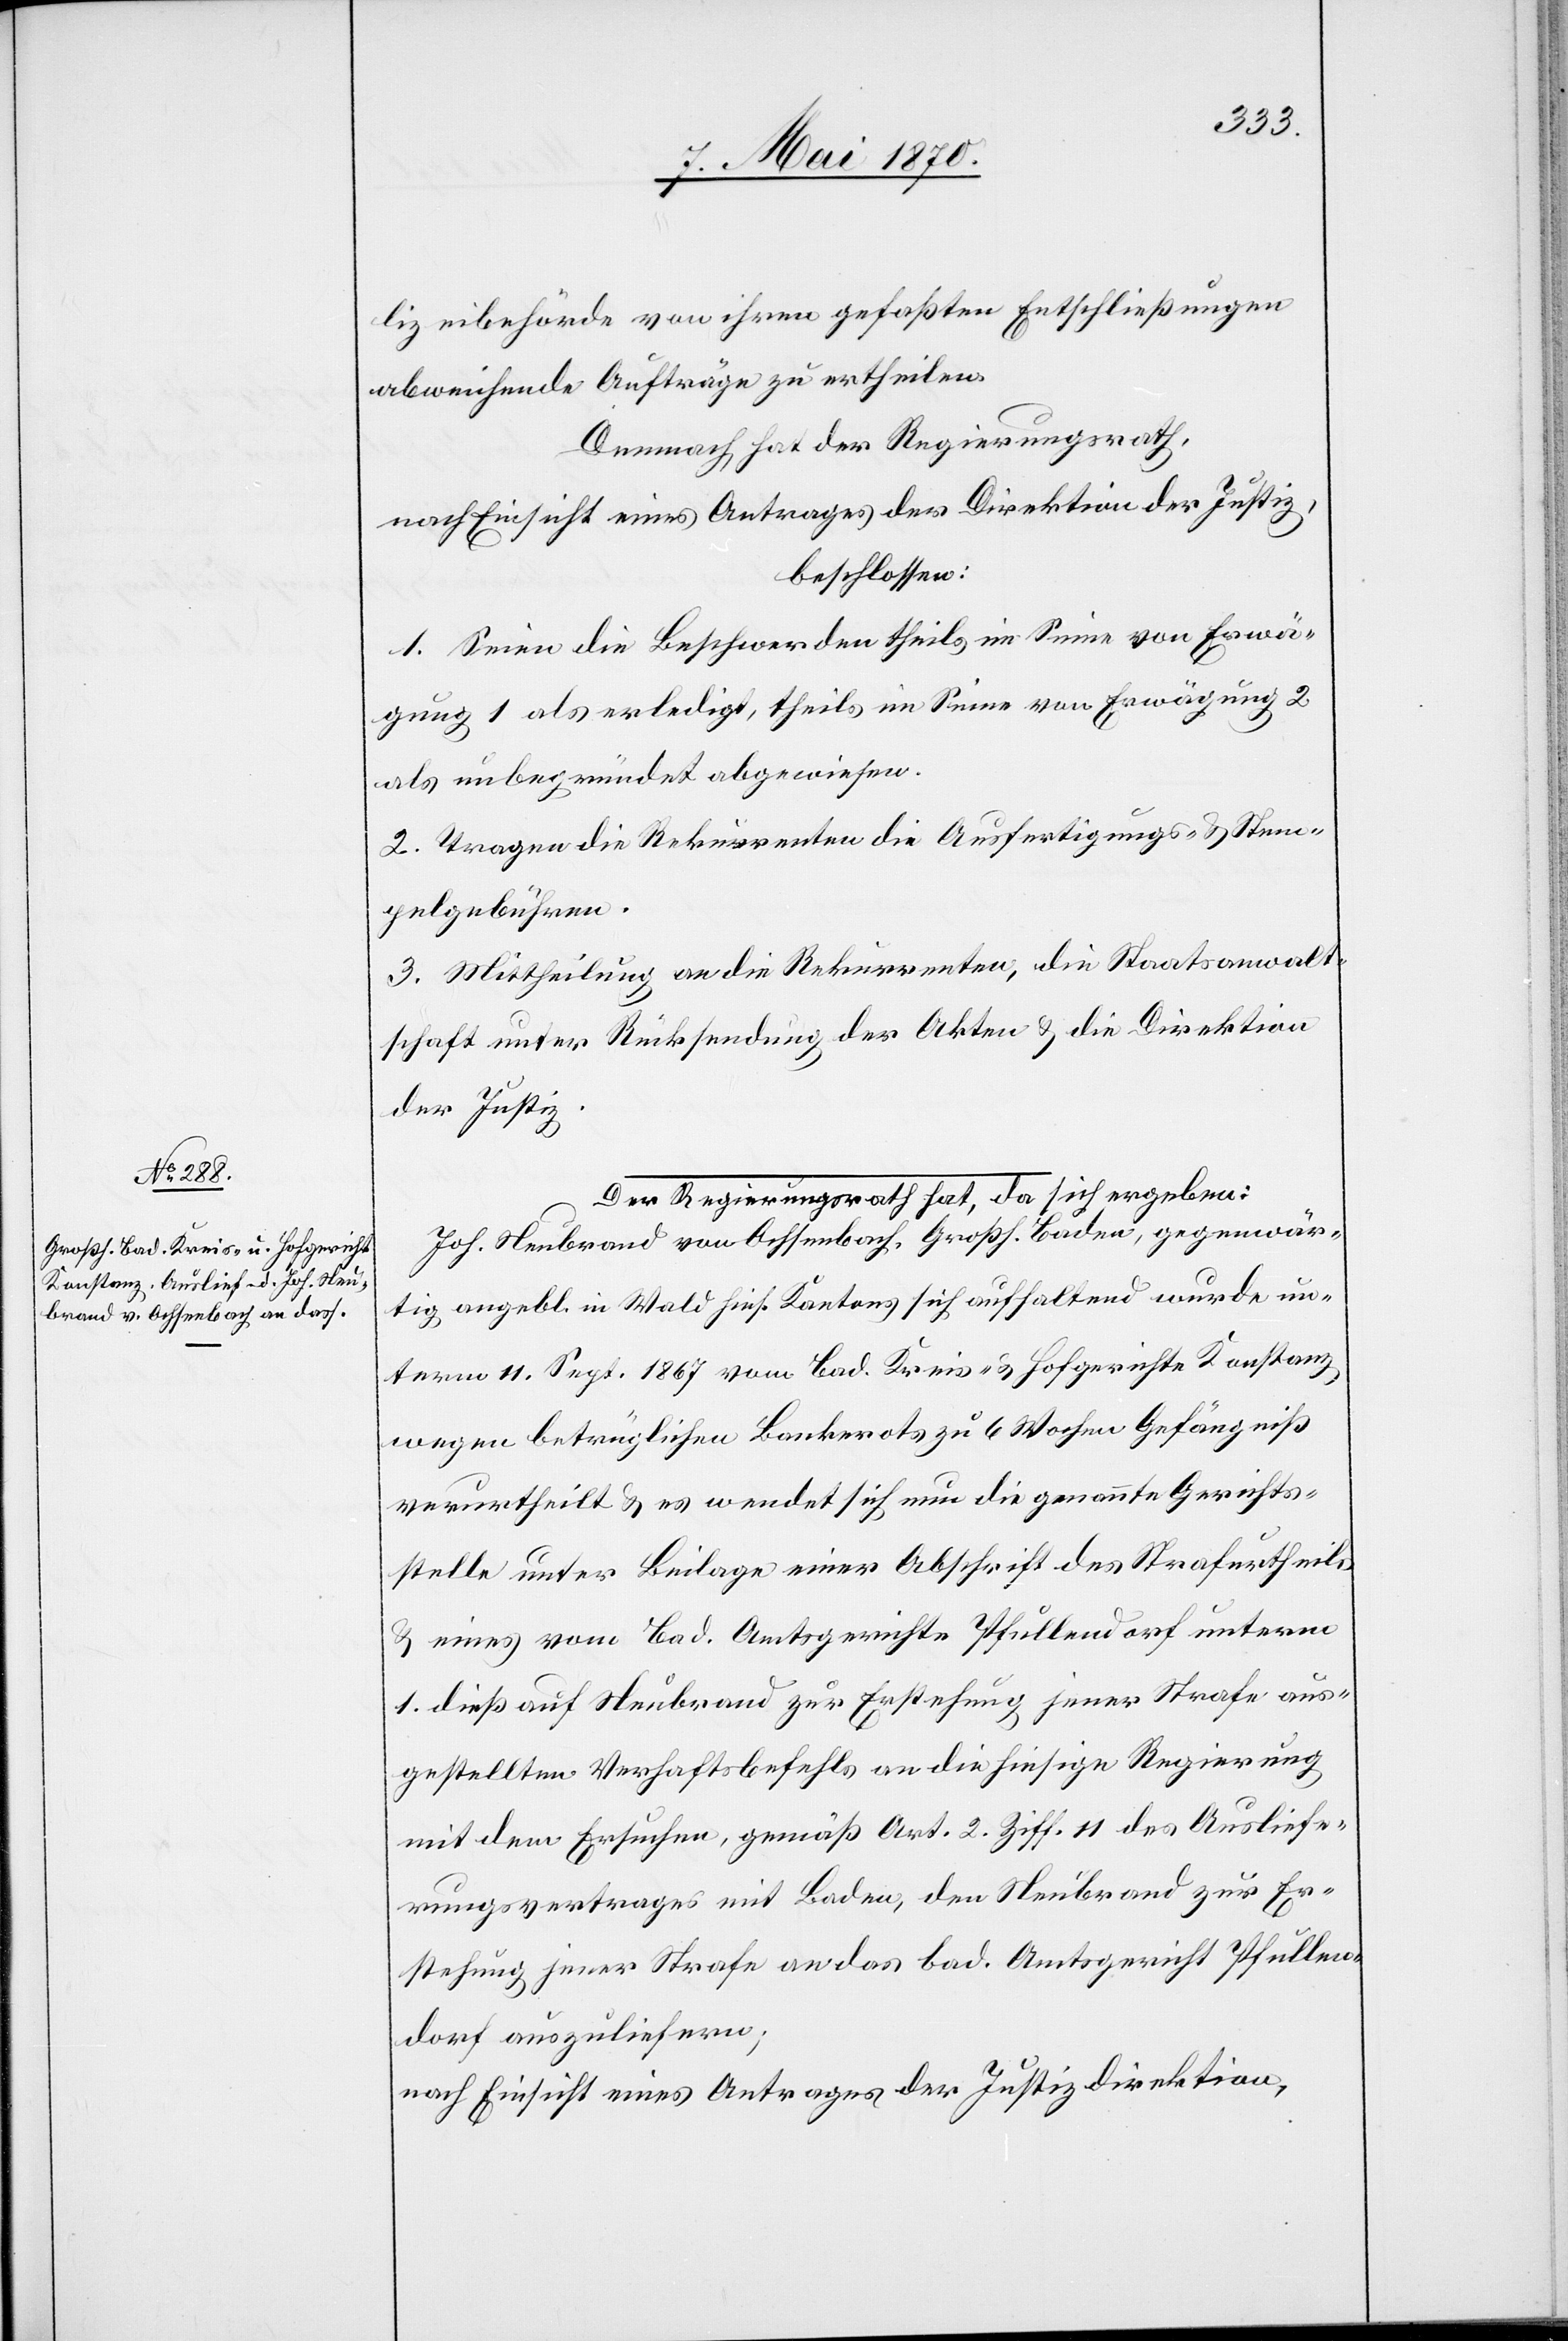
lizeibehörde von ihrem gefaßten Entschließungen
abweichende Aufträge zu ertheilen.
Demnach hat der Regierungsrath,
nach Einsicht eines Antrages der Direktion der Justiz,
beschlossen:
1. Seien die Beschwerden theils im Sinne von Erwä¬
gung 1 als erledigt, theils im Sinne von Erwägung 2
als unbegründet abgewiesen.
2. Tragen die Rekurrenten die Ausfertigungs- & Stem¬
pelgebühren.
3. Mittheilung an die Rekurrenten, die Staatsanwalt¬
schaft unter Rücksendung der Akten & die Direktion
der Justiz.
a-Der Regierungsrath hat, da sich ergeben:-a
Joh. Neubrand von Ochsenbach, Großh. Baden, gegenwär¬
tig angebl. in Wald hies. Kantons sich aufhaltend wurde un¬
term 11. Sept. 1867 vom bad. Kreis- & Hofgerichte Konstanz
wegen beträglichen Bankerots zu 6 Wochen Gefängniß
verurtheilt & es wendet sich nun die genannte Gerichts¬
stelle unter Beilage einer Abschrift des Strafurtheils
& eines vom bad. Amtsgerichte Pfullendorf unterm
1. dieß auf Neubrand zur Erstehung jener Strafe aus¬
gestellten Verhaftsbefehls an die die hiesige Regierung
mit dem Ersuchen, gemäß Art. 2 Ziff. 11 des Ausliefe¬
rungsvertrages mit Baden, den Neubrand zur Er¬
stehung jener Strafe an das bad. Amtsgericht Pfullen¬
dorf auszuliefern;
nach Einsicht eines Antrages der Justizdirektion,